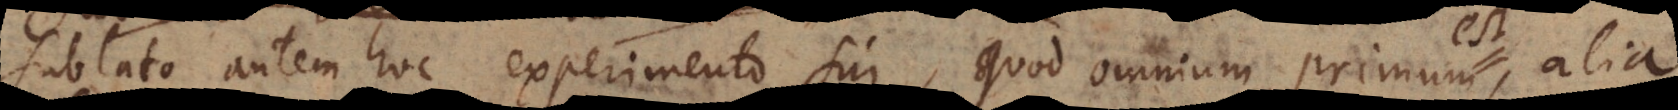
Sublato autem hoc experimento sui, quod omnium primum est,